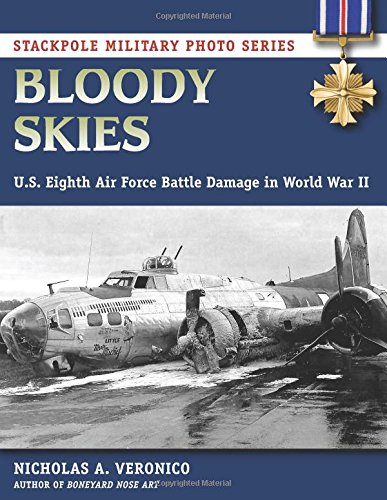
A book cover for Bloody Skies: U.S. Eighth Air Force Battle Damage in World War II (Stackpole Military Photo Series); Arts & Photography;